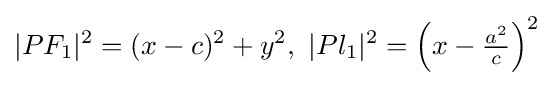
|PF_{1}|^{2}=(x-c)^{2}+y^{2},\ |Pl_{1}|^{2}=\left(x-{\tfrac {a^{2}}{c}}\right)^{2}